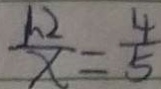
\frac { 1 . 2 } { x } = \frac { 4 } { 5 }